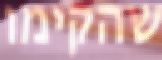
שהקימו